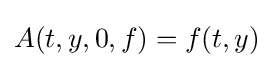
A(t,y,0,f)=f(t,y)